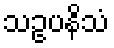
သဥပနိသံ